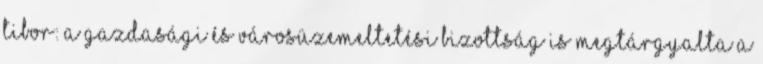
Tibor: A Gazdasági és Városüzemeltetési Bizottság is megtárgyalta a